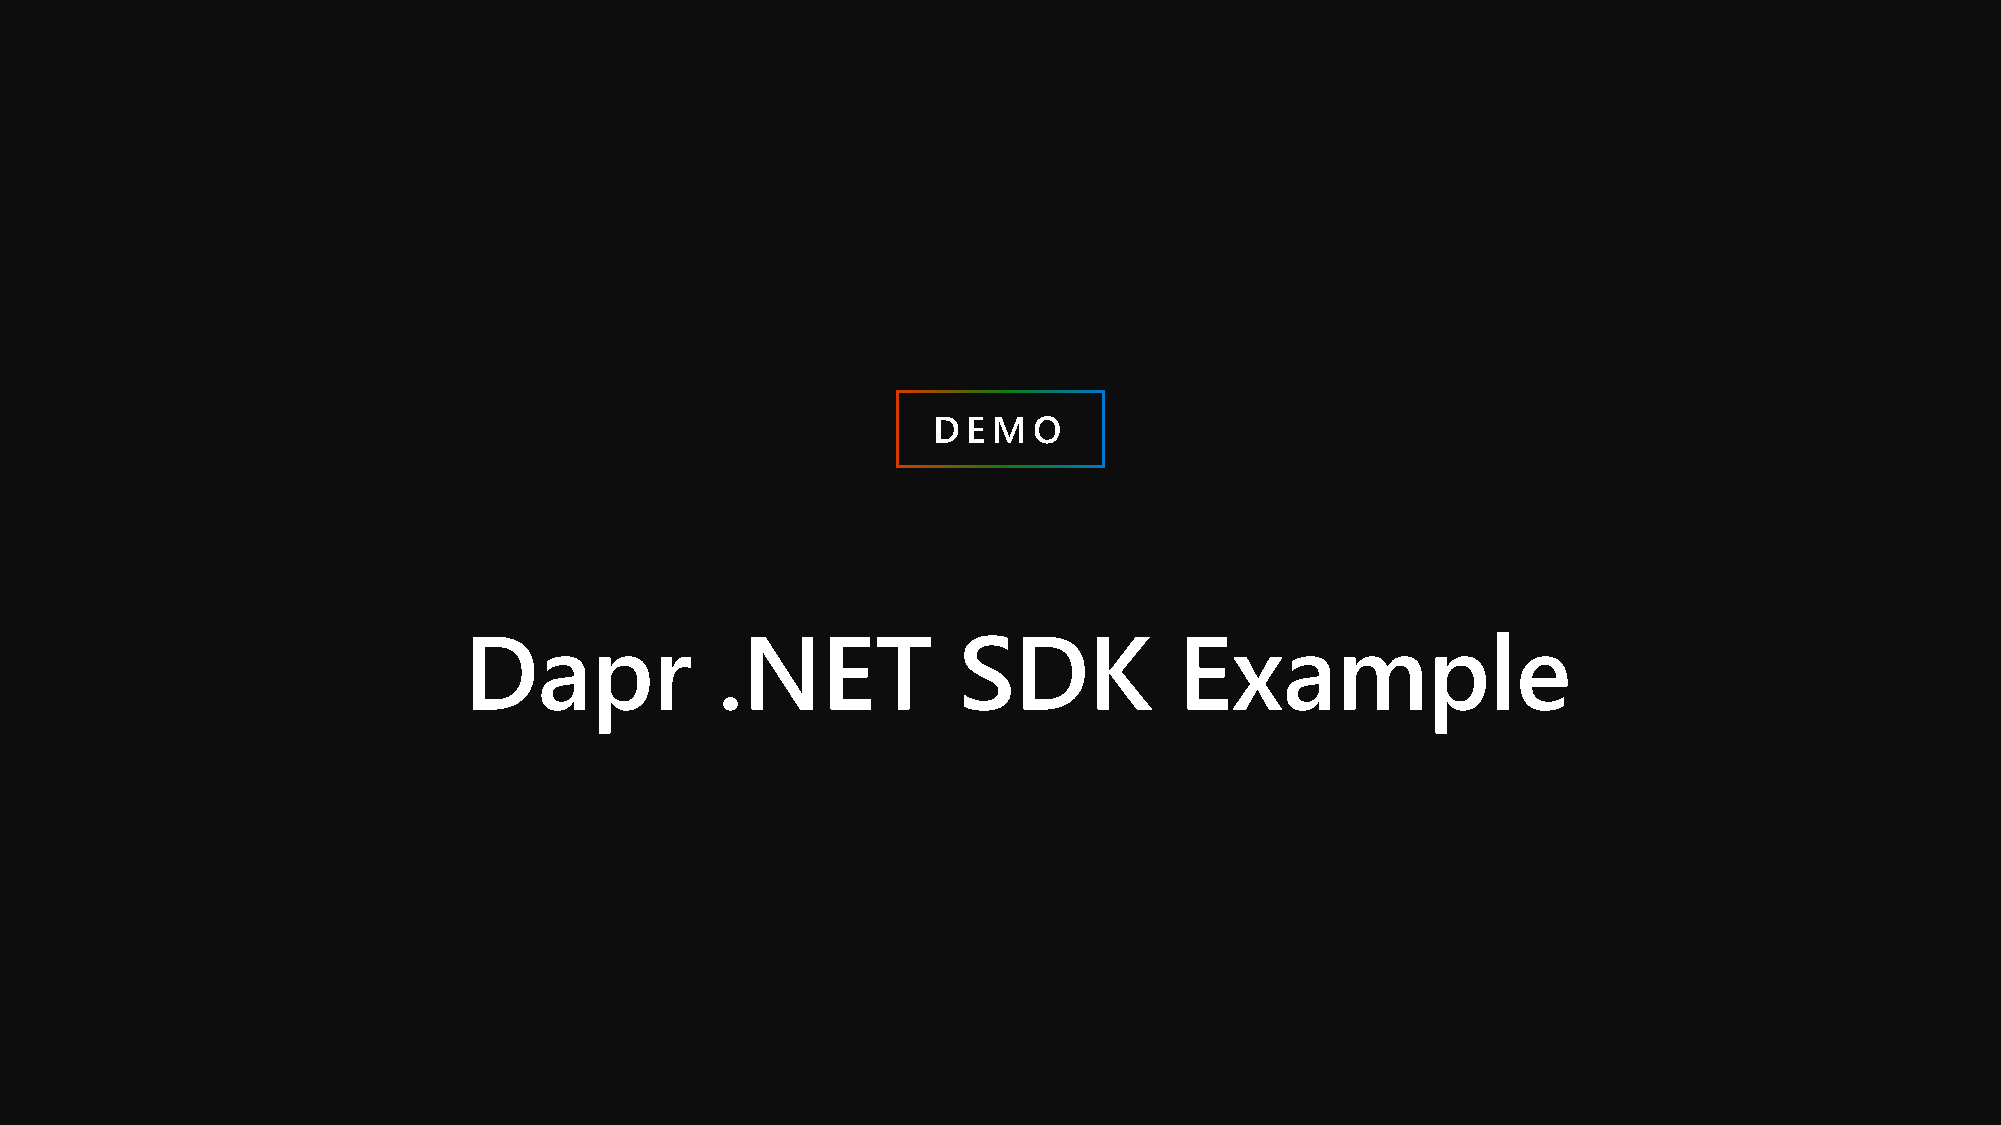
D E M O
 Dapr             .NET           SDK            Example